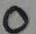
Text: 0